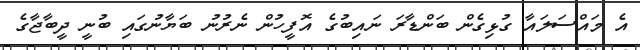
އެ މައްސަލައާ ގުޅިގެން ބަންޑާރަ ނައިބުގެ އޮފީހުން ނެރުނު ބަޔާނުގައި ބުނީ ދީބާޖާގެ